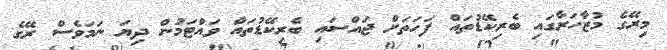
މިރޭގެ މުޒާހަރާގައި ބެރިކޭޑުތައް ފަހަތަށް ޖައްސައި ބެރިކޭޑުތައް ވައްޓަމުން ދިޔަ ނަމަވެސް ރޭގެ